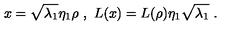
x = \sqrt { \lambda _ { 1 } } \eta _ { 1 } \rho \ , \ L ( x ) = L ( \rho ) \eta _ { 1 } \sqrt { \lambda _ { 1 } } \ .